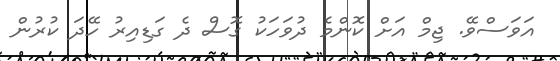
އަވަސްވޭ. ޖިމް އަށް ކޮންމެ ދުވަހަކު ގޮސް ދެ ގަޑިއިރު ހޭދަ ކުރުން